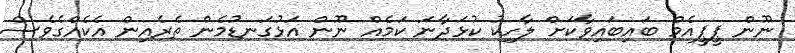
ނޫން ޕީޕީއެމް ބައިބައިވާކަށް ލާހިކު ކުޅަދާނަ ކަމެއް ނޫން އަޅުގަނޑުމެން ތެރެއިން އެކެއްގެވެސް